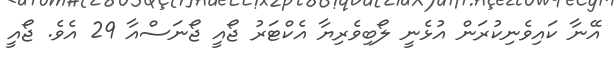
އޭނާ ކައިވެނިކުރަން އުޅެނީ ލޯބިވެރިޔާ އެކްޓަރު ޖޯއީ ޖޯނަސްއާ 29 އެވެ. ޖޯއީ